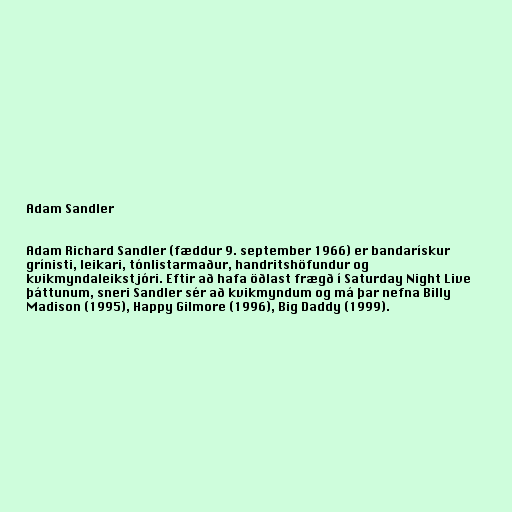
Adam Sandler

Adam Richard Sandler (fæddur 9. september 1966) er bandarískur
grínisti, leikari, tónlistarmaður, handritshöfundur og
kvikmyndaleikstjóri. Eftir að hafa öðlast frægð í Saturday Night Live
þáttunum, sneri Sandler sér að kvikmyndum og má þar nefna Billy
Madison (1995), Happy Gilmore (1996), Big Daddy (1999).